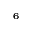
_ { 6 }